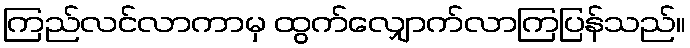
ကြည်လင်လာကာမှ ထွက်လျှောက်လာကြပြန်သည်။